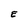
Character: E